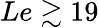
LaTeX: Le\gtrsim 19